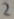
Text: 2